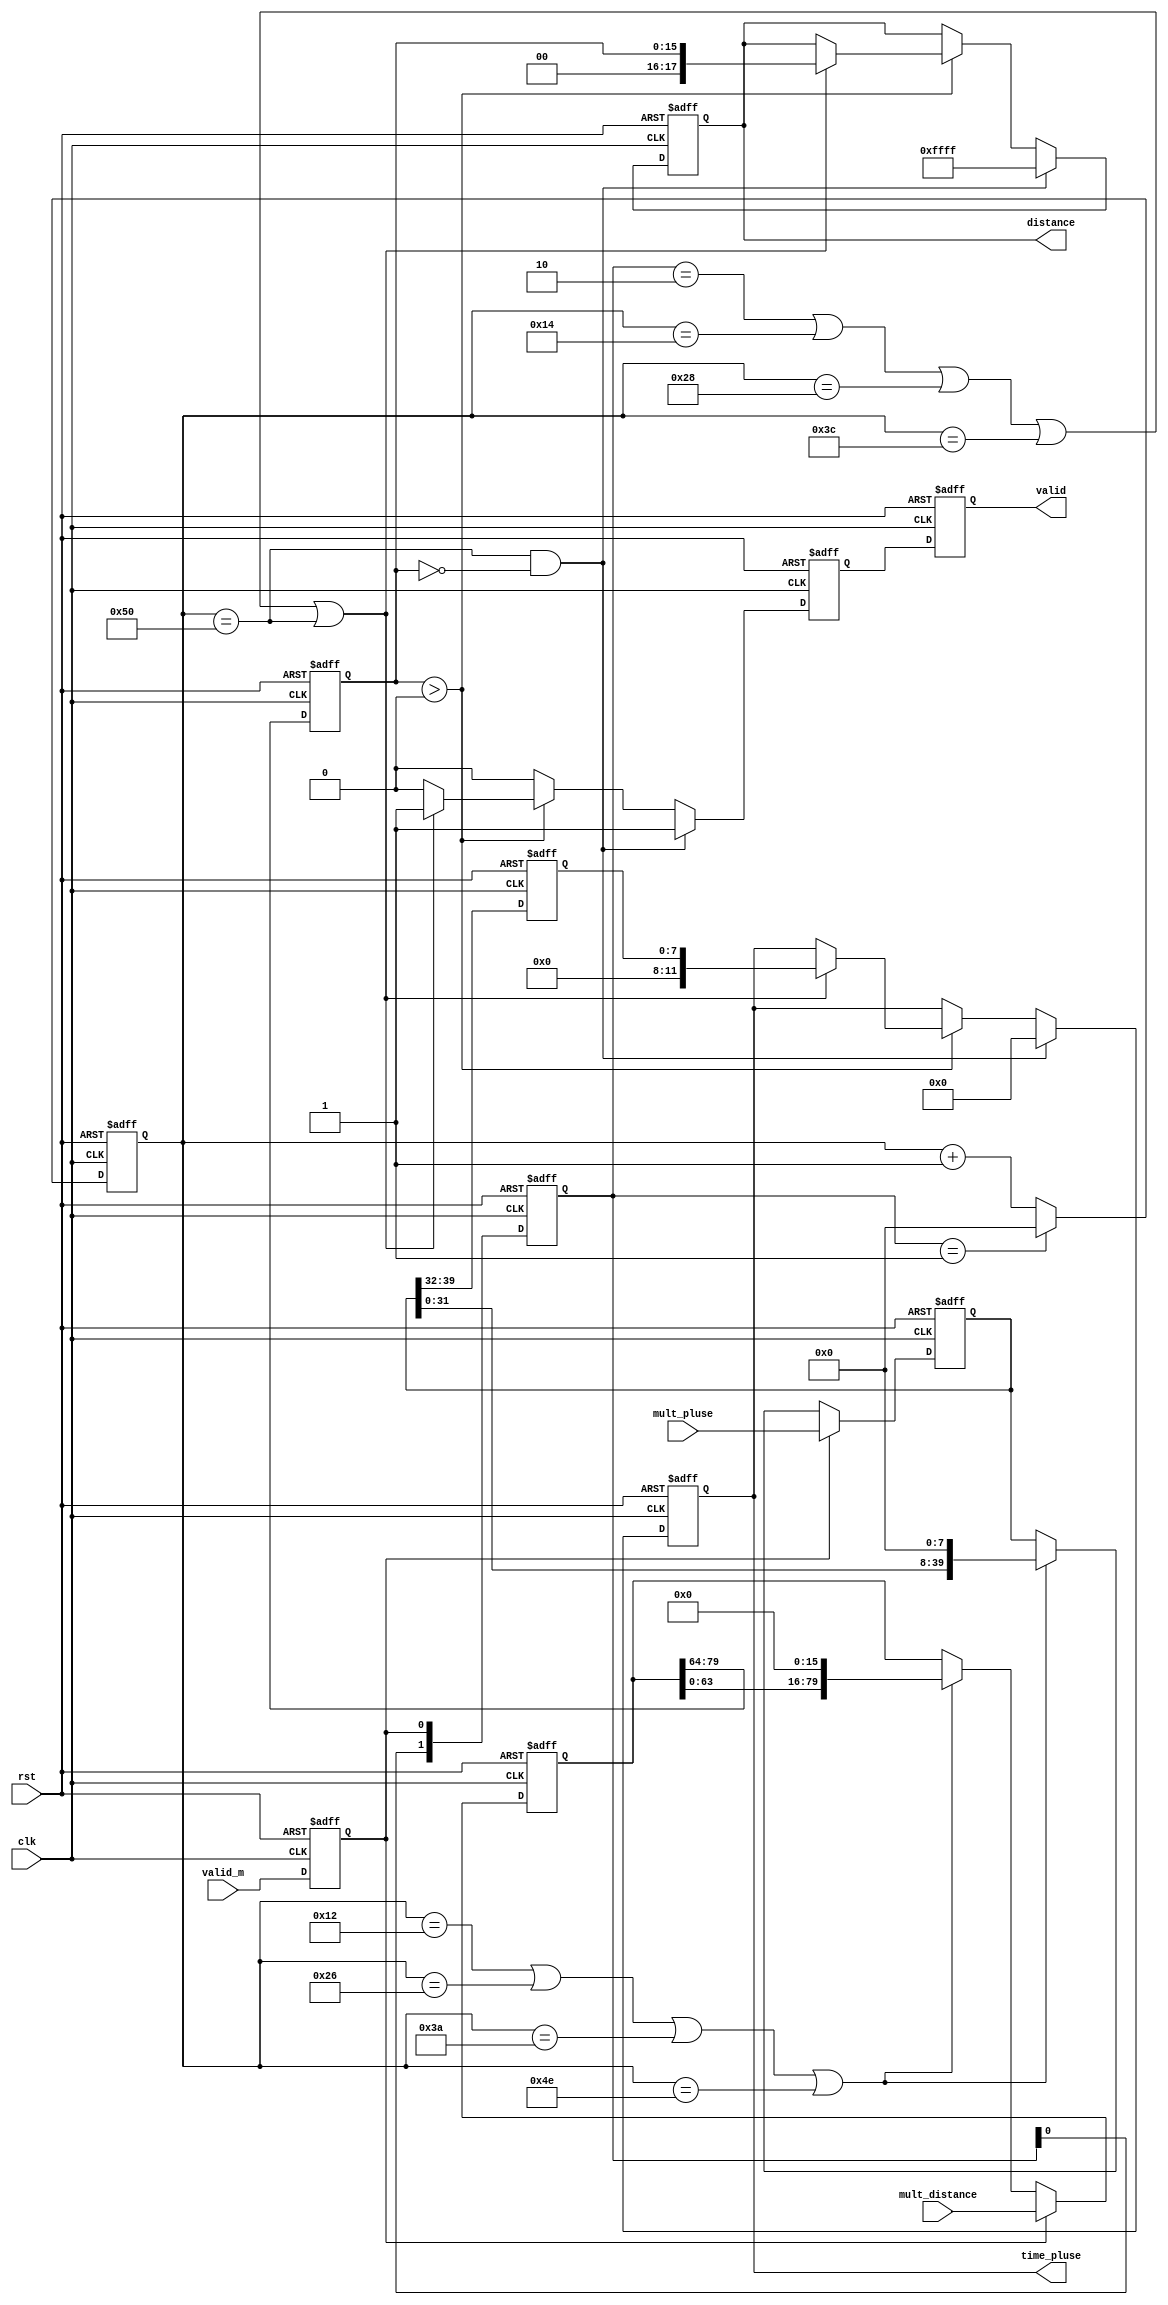
/*=============================================================================
# FileName    : mult_div.v
# Author      : author
# Email       : email@email.com
# Description :
        1. mm
        2. time_pluse/2 = t(ns)
        3. 0-520
		4. 
# Version     : 1.0
# LastChange  : 2018-10-11 17:53:18
# ChangeLog   :
=============================================================================*/

module mult_div(
	input wire              clk,
	input wire              rst,
	input wire [39:0]       mult_pluse,
	input wire [79:0]       mult_distance,
	input wire              valid_m,
	output reg              valid,
	output reg [11:0]       time_pluse,
	output reg [17:0]       distance
);



	reg        [79:0]       mult_distance_m;
	reg        [39:0]       mult_pluse_m;
	reg        [7:0]        pluse;
	reg        [15:0]       distance_reg;
	reg        [7:0]        mult_delay;
	reg                     valid_1;
	reg                     valid_int;
    reg        [1:0]        valid_r;
    wire                    valid_rise;
	wire                    valid_fall;



assign      valid_rise=valid_r[1:0]==2'b01;
assign      valid_fall=valid_r[1:0]==2'b10;

always@(posedge clk or negedge rst)                             
begin
    if (!rst)
    begin
        valid_r<=2'b00;
    end
    else
        valid_r<={valid_r[0],valid_int};
end

always@(posedge clk or negedge rst)
begin
	if(!rst)
		valid_int<=1'b0;
	else 
		valid_int<=valid_m;
end




always@(posedge clk or negedge rst)
begin
	if(!rst)
		mult_delay<=8'd0;
	else if(valid_rise)
		mult_delay<=8'd0;
	else 
		mult_delay<=mult_delay+1'b1;
end


always@(posedge clk or negedge rst)
begin
	if(!rst)
	begin
		mult_pluse_m<=40'd0;
		mult_distance_m<=80'd0;
	end
	else if(valid_int)
	begin
		mult_pluse_m<=mult_pluse;
		mult_distance_m<=mult_distance;
	end
	else if((mult_delay==8'd18)||(mult_delay==8'd38)||(mult_delay==8'd58)||(mult_delay==8'd78))
	begin
		mult_pluse_m<=mult_pluse_m<<8;
		mult_distance_m<=mult_distance_m<<16;
	end
	
end


 
always@(posedge clk or negedge rst)
begin
	if(!rst)
	begin
		distance_reg<=16'd0;
		pluse<=8'd0;
	end
	else
	begin
		distance_reg<=mult_distance_m[79:64];
		pluse<=mult_pluse_m[39:32];
	end
end


always@(posedge clk or negedge rst)
begin
	if(!rst)
	begin
		time_pluse<=12'd0;
		distance<=18'd0;
		valid_1<=1'b0;
	end
	else if((mult_delay==8'd80)&&(distance_reg==16'd0))
	begin
		time_pluse<=12'd0;
		distance<=16'hffff;
		valid_1<=1'b1;
	end		
	else if(distance_reg>0)
	begin
		if((valid_fall)||(mult_delay==8'd20)||(mult_delay==8'd40)||(mult_delay==8'd60)||(mult_delay==8'd80))
		begin
			distance<={2'd0,distance_reg};
			time_pluse<={4'd0,pluse};
			valid_1<=1'b1;
		end
		else
		valid_1<=1'b0;
	end
	else
	valid_1<=1'b0;
end

always@(posedge clk or negedge rst)
begin
	if(!rst)
		valid<=1'b0;
	else
		valid<=valid_1;
end
endmodule